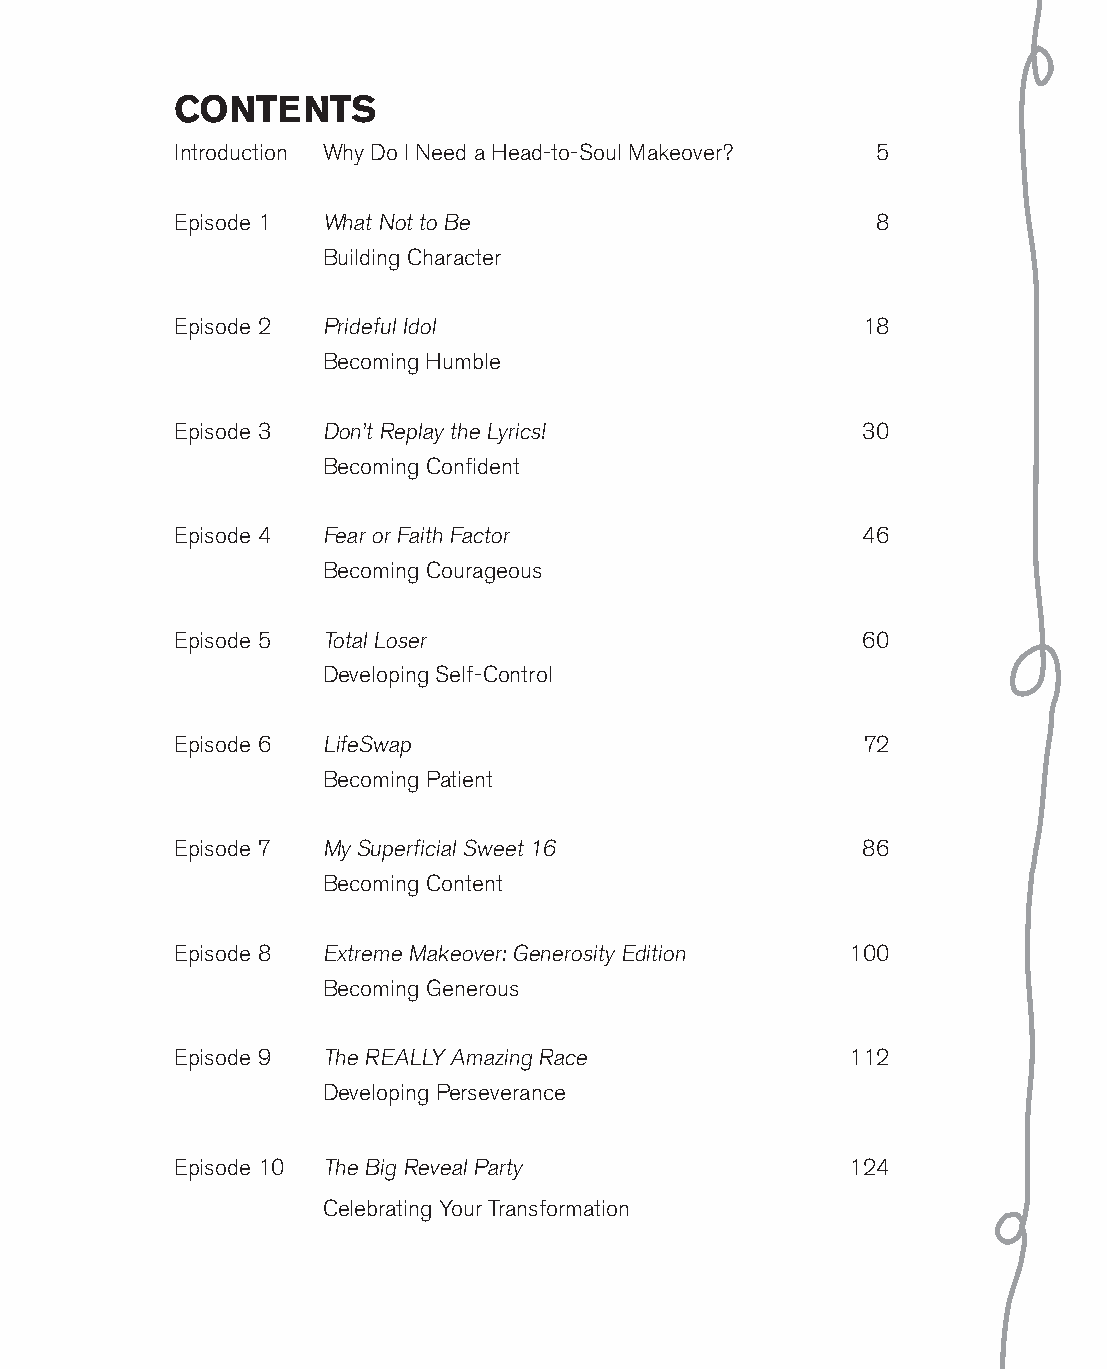
Contents
 introduction Why do i need a Head-to-Soul Makeover? 5
 episode 1 What not to Be                      8
 Building character
 episode 2 prideful idol                      18
 Becoming Humble
 episode 3 don’t replay the lyrics!           30
 Becoming confident
 episode 4 Fear or Faith Factor               46
 Becoming courageous
 episode 5 total loser                        60
 developing Self-control
 episode 6 lifeSwap                           72
 Becoming patient
 episode 7 My Superficial Sweet 16            86
 Becoming content
 episode 8 extreme Makeover: generosity edition 100
 Becoming generous
 episode 9 the really amazing race           112
 developing perseverance
 episode 10 the Big reveal party             124
 celebrating your transformation